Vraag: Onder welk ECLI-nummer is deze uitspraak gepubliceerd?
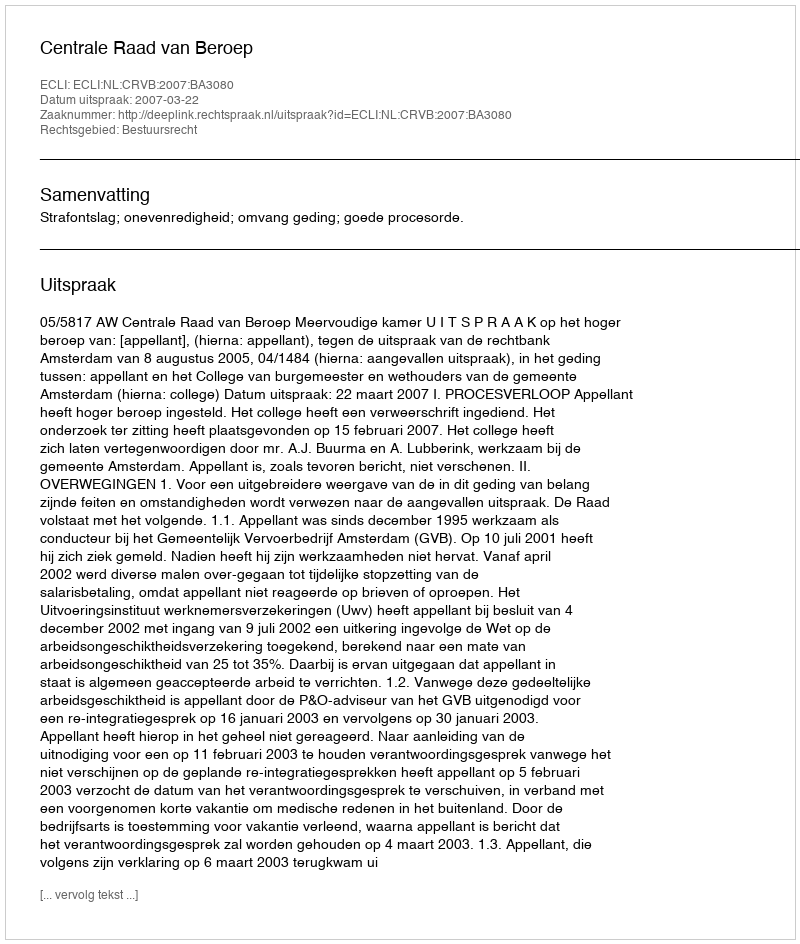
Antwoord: ECLI:NL:CRVB:2007:BA3080